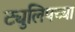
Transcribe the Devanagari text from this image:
ट्युलिपच्या